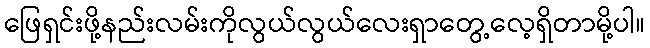
ဖြေရှင်းဖို့နည်းလမ်းကိုလွယ်လွယ်လေးရှာတွေ့လေ့ရှိတာမို့ပါ။